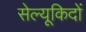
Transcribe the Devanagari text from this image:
सेल्यूकिदों